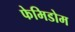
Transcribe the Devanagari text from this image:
फेमिडोम